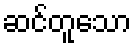
ဆင်တူသော